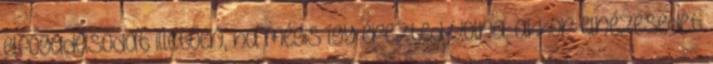
elfogadásodat illetően, ha mégis így érezted volna, akkor elnézésedet